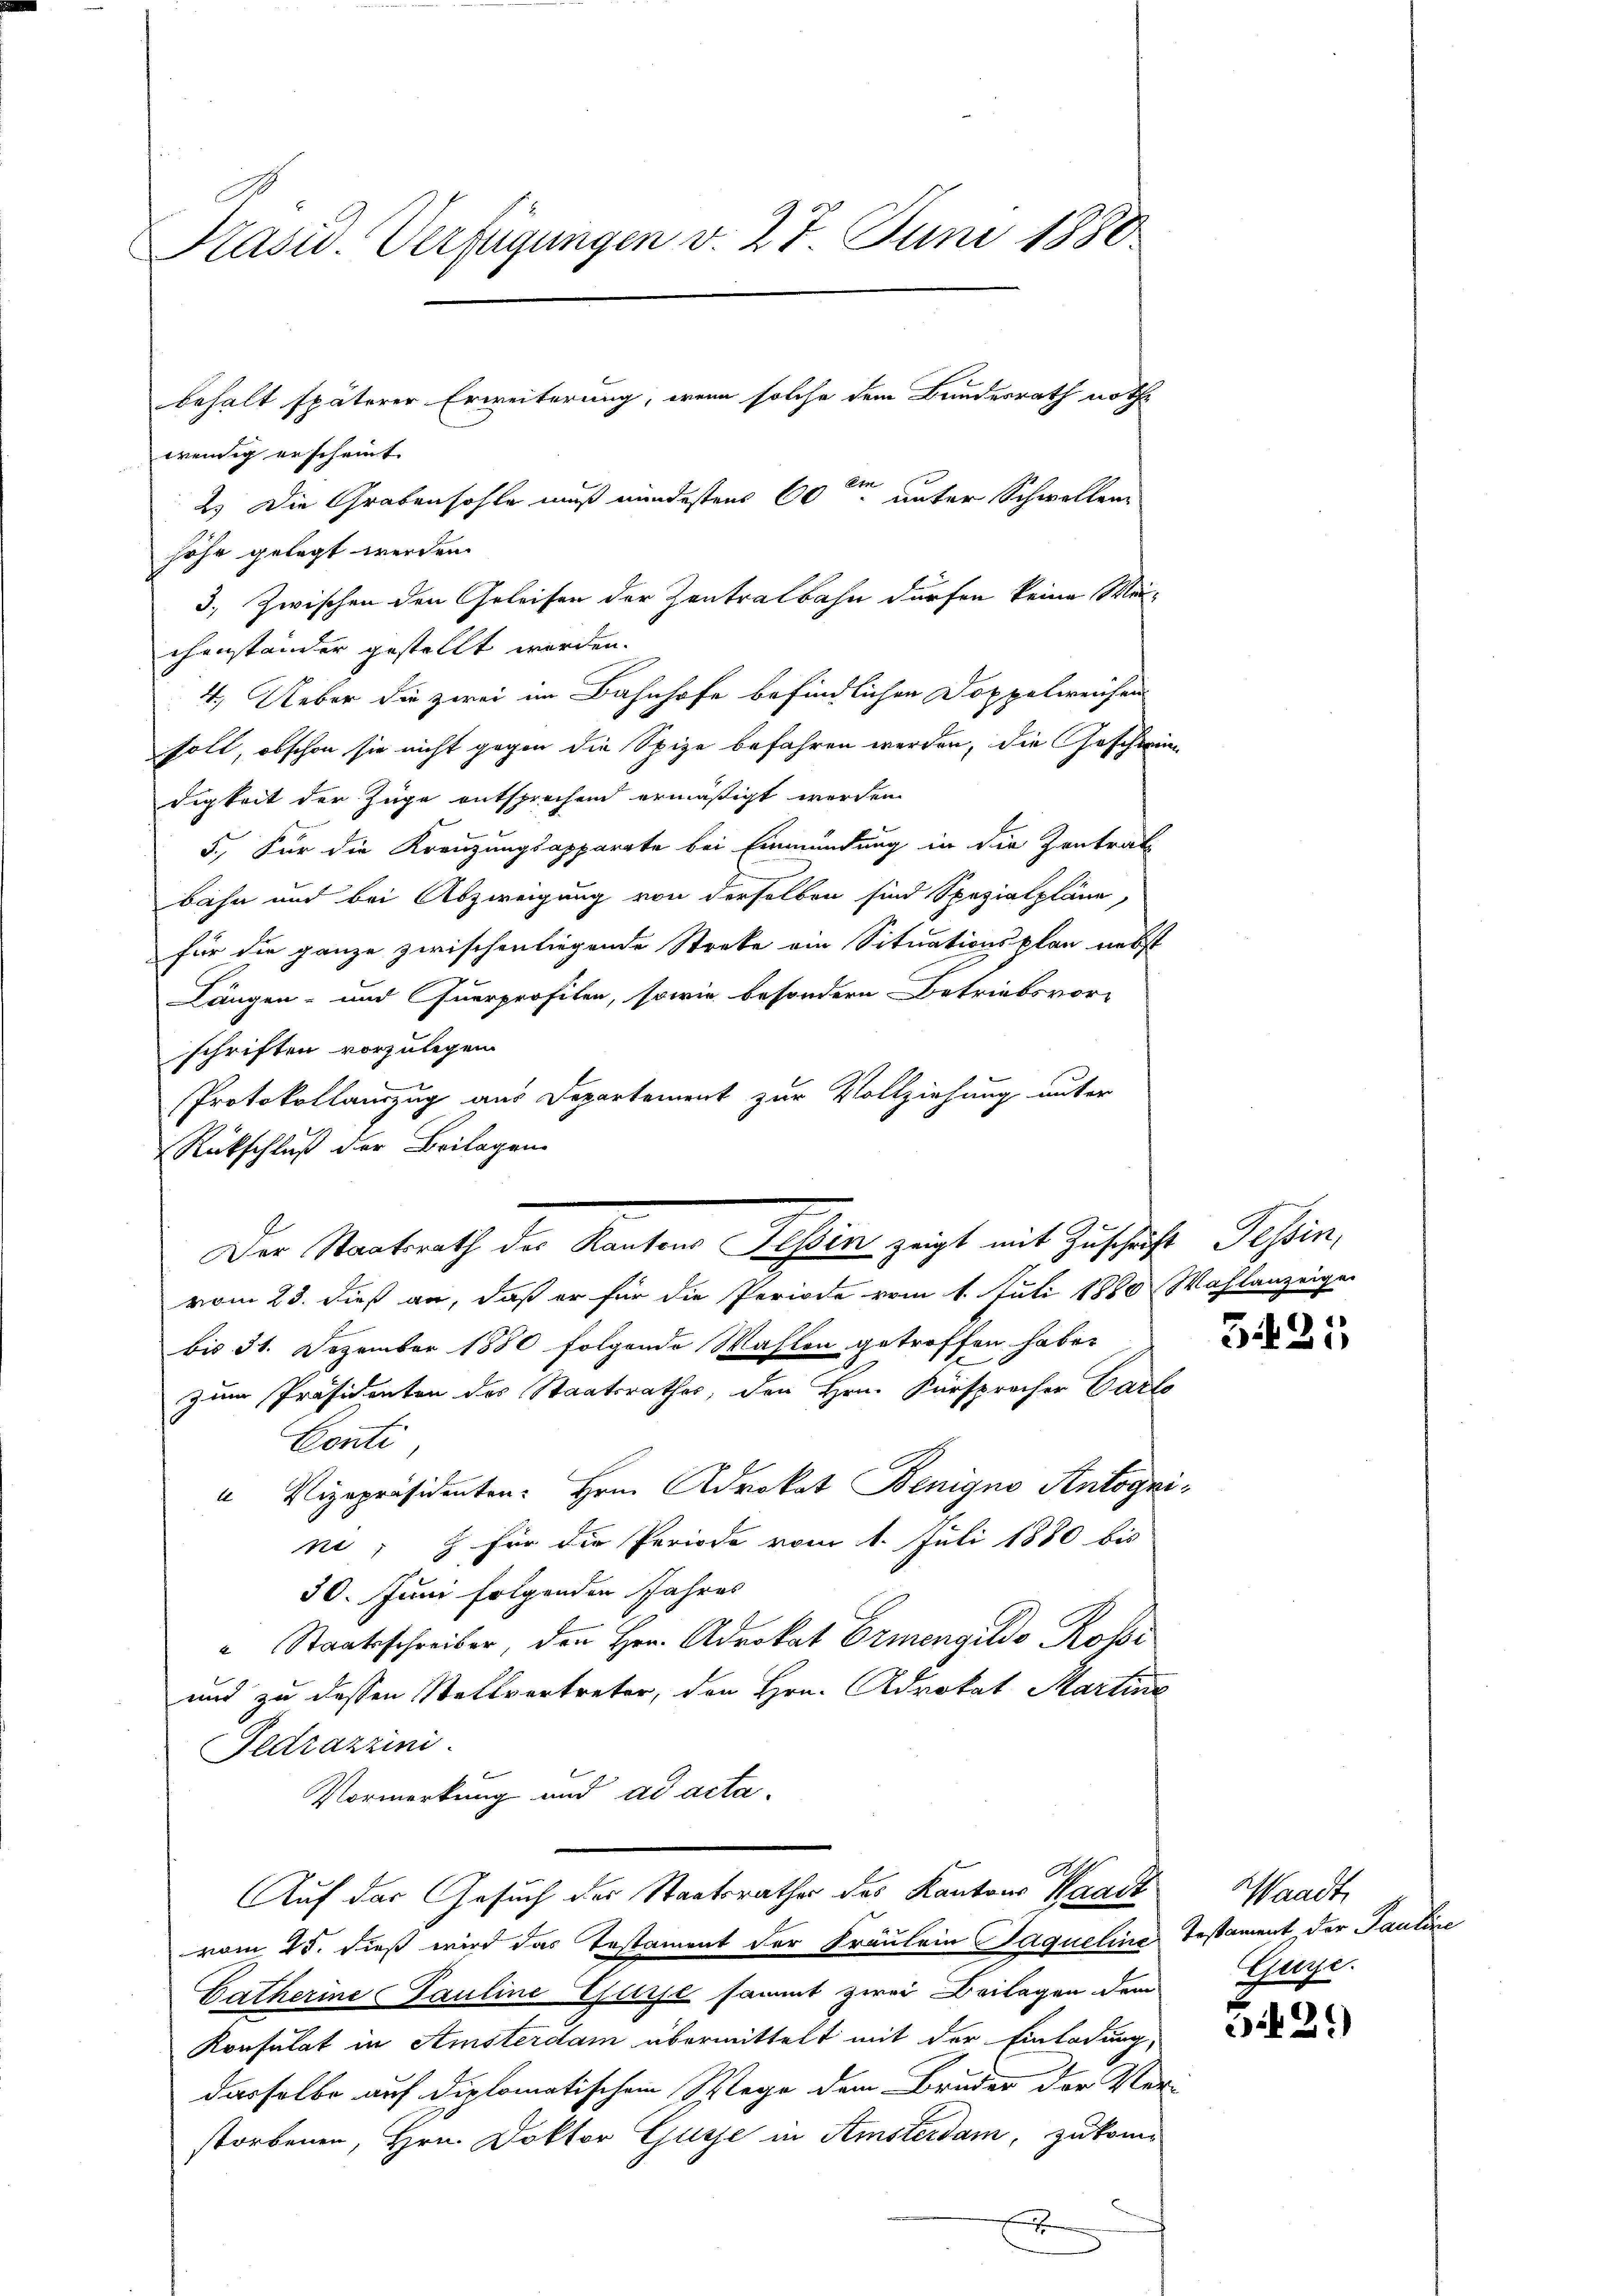
Pasid. Verfügungen v. 27. Juni 1880
behalt späterer Erweiterung, wenn solche dem Bundesrath noth
wenig erscheint.
2.) Die Grabensohle muß mindestens 60ten unter Schwellen

höhe gelegt werden.
3. Zwischen den Geleisen der Zentralbahn dürfen keine Meichenständer gestellt werden.
4.) Ueber die zwei im Bahnhofe befindlichen Doppelweisen
soll, obschon sie nicht gegen die Spize befahren werden, die Geschwie
digkeit der Züge entsprechend ermäßigt werden.
5.) Für die Kreuzungsapparata bei Einmündung in die Zentrat
bahn und bei Abzweigung von derselben sind Spezialpläne,
für die ganze zwischen liegende Streke ein Situationsplan nebst
Längen- und Querprofilen, sowie besondern Betriebsvor-
schriften vorzulegen.
Protokollauszug aus Departement zur Vollziehung unter
Rückschluß der Beilagen.
vom 23. dieß an, daß er für die Periode vom 1. Juli 1880 Wahlanzeigen
bis 31. Dezember 1880 folgende Wahlen getroffen habe.
zum Präsidenten des Staatsrathes, den Hrn. Fürspracher Parte
Conti
" Vizepräsidenten Hrn. Adrokat Benigno Antogni
ne; für die Periode vom 1. Juli 1880 bis
30. Juni folgenden Jahres
" Staatsschreiber, den Hrn. Adrokat Ermengelds Rossi
und zu dessen Stellvertreter, den Hrn. Advokat Martine
Fedrazrini
Vormerkung und ad acta.
E
Auf der Gesuch der Staatsrathes des Kantons Waadt Waadt
vom 25. dieß wird das Testament der Fräulein Jaqueline
Catherine Pauline Elise sammt zwei Beilagen dem
Konsulat in Amsterdam übermittelt mit der Einladung,
dasselbe auf diplomatischem Wege dem Bruder der Ver-
storbenen, Hrn. Doktor Gusse in Amsterdam, zukom-

Der Staatsrath der Kantons Rhein zeigt mit Zuschäfte Tessin,

A

2

2

3421

Testament der Pauline
Wuge.

29)